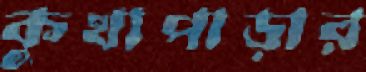
কুখাপাড়ার